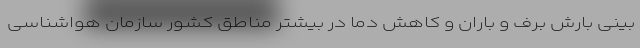
بینی بارش برف و باران و کاهش دما در بیشتر مناطق کشور سازمان هواشناسی